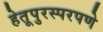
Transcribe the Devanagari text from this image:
हेतूपुरस्परपणे